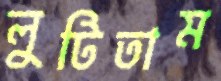
লুটিতাম